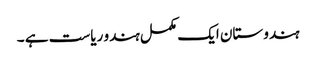
ہندوستان ایک مکمل ہندو ریاست ہے ۔